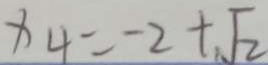
x _ { 4 } = - 2 + \sqrt { 2 }